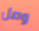
وصل